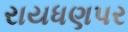
રાયધણપર